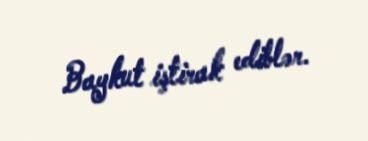
Baykut iştirak ediblər.